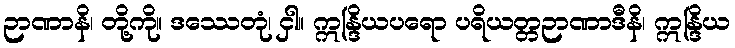
ဉာဏာနိ၊ တို့ကို။ ဒဿေတုံ၊ ငှါ။ ဣန္ဒြိယပရော ပရိယတ္တဉာဏာဒီနိ၊ ဣန္ဒြိယ